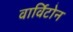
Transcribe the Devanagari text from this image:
वार्विटोन